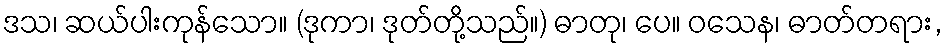
ဒသ၊ ဆယ်ပါးကုန်သော။ (ဒုကာ၊ ဒုတ်တို့သည်။) ဓာတု၊ ပေ။ ဝသေန၊ ဓာတ်တရား,